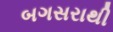
બગસરાથી